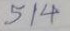
514